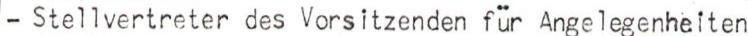
- Stellvertreter des Vorsitzenden für Angelegenheiten